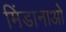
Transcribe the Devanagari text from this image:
मिंडानाओ